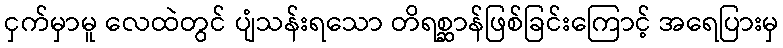
ငှက်မှာမူ လေထဲတွင် ပျံသန်းရသော တိရစ္ဆာန်ဖြစ်ခြင်းကြောင့် အရေပြားမှ